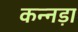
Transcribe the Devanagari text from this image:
कन्नड़ा